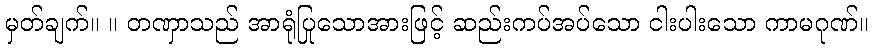
မှတ်ချက်။ ။ တဏှာသည် အာရုံပြုသောအားဖြင့် ဆည်းကပ်အပ်သော ငါးပါးသော ကာမဂုဏ်။